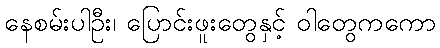
နေစမ်းပါဦး၊ ပြောင်းဖူးတွေနှင့် ဝါတွေကကော